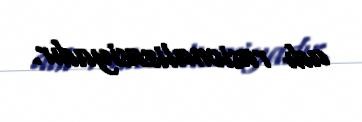
adı rasionalizasiyadır.